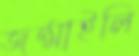
জন্মাইলি